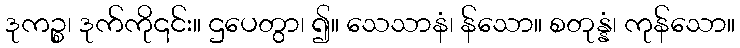
ဒုကဉ္စ၊ ဒုက်ကို၎င်း။ ဌပေတွာ၊ ၍။ သေသာနံ၊ န်သော။ စတုန္နံ၊ ကုန်သော။